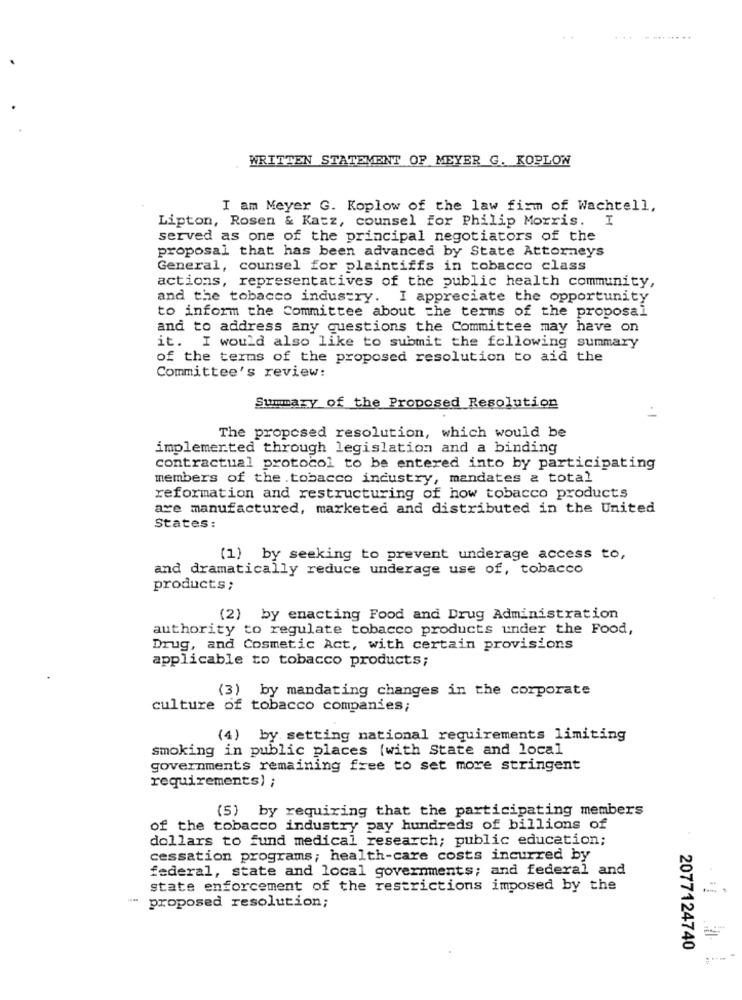
WRITTEN STATEMENT OF MEYER G. KOPLON
I am Meyer G. Koplow of the law firm of Wachtell,
Lipton, Rosen & Katz, counsel for Philip Morris. I
served as one of the principal negotiators of the
proposal that has been advanced by State Attorneys
General, counsel for plaintiffs in tobacco class
actions, representatives of the public health community,
and the tobacco industry. I appreciate the opportunity
to inform the Committee about the terms of the proposal
and to address any questions the Committee may have on
it. I would also like to submit the following summary
of the terms of the proposed resolution to aid the
Committee's review:
Summary of the Proposed Resolution
The proposed resolution, which would be
implemented through legislation and a binding
contractual protocol to be entered into by participating
members of the tobacco industry, mandates a total
reformation and restructuring of how tobacco products
are manufactured, marketed and distributed in the United
States:
(1) by seeking to prevent underage access to,
and dramatically reduce underage use of, tobacco
products;
(2) by enacting Food and Drug Administration
authority to regulate tobacco products under the Food,
Drug, and Cosmetic Act, with certain provisions
applicable to tobacco products;
(3) by mandating changes in the corporate
culture of tobacco companies;
(4) by setting national requirements limiting
smoking in public places [with State and local
governments remaining free to set more stringent
requirements) ;
(5) by requiring that the participating members
of the tobacco industry pay hundreds of billions of
dollars to fund medical research; public education;
cessation programs; health-care costs incurred by
federal, state and local governments; and federal and
state enforcement of the restrictions imposed by the
proposed resolution;
2077124740